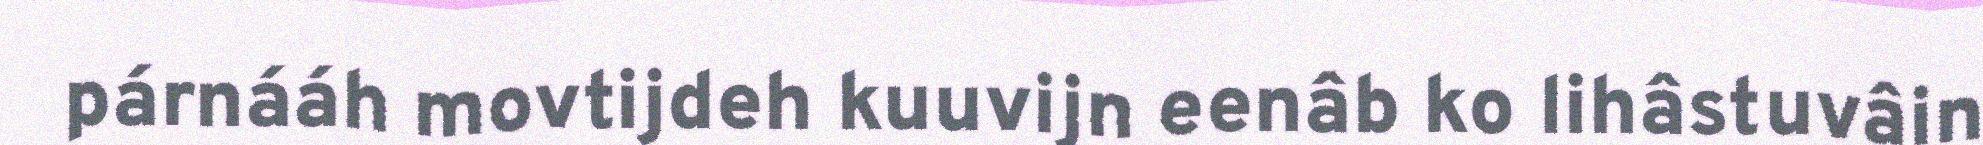
párnááh movtijdeh kuuvijn eenâb ko lihâstuvâin